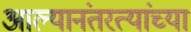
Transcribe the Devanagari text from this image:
आल्यानंतरत्यांच्या